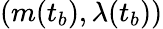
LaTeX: (m(t_{b}),\lambda(t_{b}))